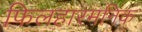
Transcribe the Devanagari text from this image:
फिलहारमनिक